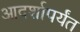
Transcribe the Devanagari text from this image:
आदर्शापर्यंत